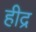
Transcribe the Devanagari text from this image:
हीद्र